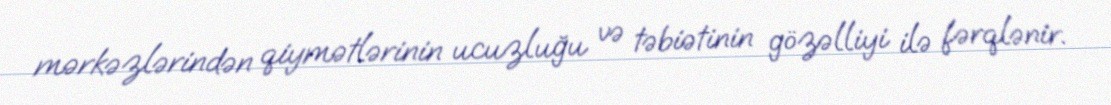
mərkəzlərindən qiymətlərinin ucuzluğu və təbiətinin gözəlliyi ilə fərqlənir.